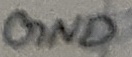
Text: GND